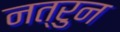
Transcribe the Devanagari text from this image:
नत्रुन